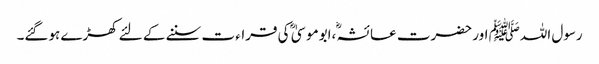
رسول اللہﷺ اور حضرت عائشہؓ ،ابوموسیٰ ؓ کی قراء ت سننے کے لئے کھڑے ہوگئے۔